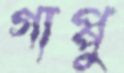
গাপ্পু